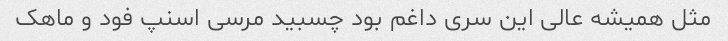
مثل همیشه عالی این سری داغم بود چسبید مرسی اسنپ فود و ماهک